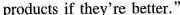
products if they're better."